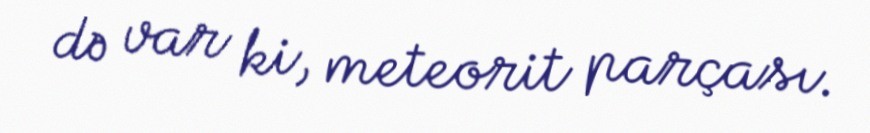
də var ki, meteorit parçası.